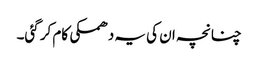
چنانچہ ان کی یہ دھمکی کام کر گئی۔